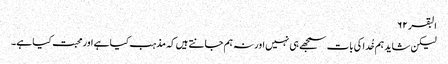
البقر ۶۲
لیکن شاید ہم خُدا کی بات سمجھے ہی نہیں اور نہ ہم جانتے ہیں کہ مذہب کیا ہے اور محبت کیا ہے۔